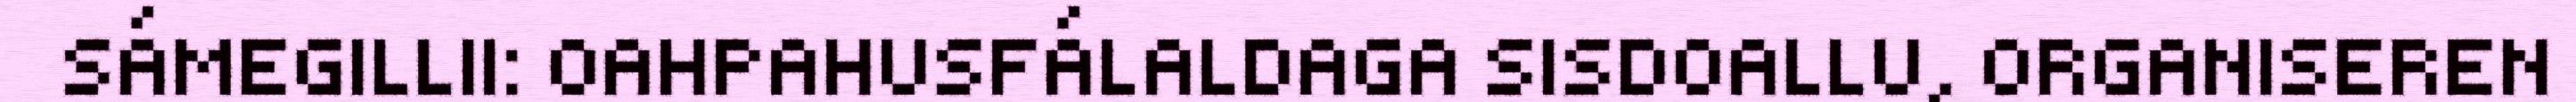
SÁMEGILLII: OAHPAHUSFÁLALDAGA SISDOALLU, ORGANISEREN